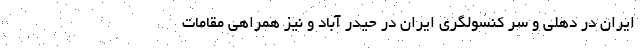
ایران در دهلی و سر کنسولگری ایران در حیدر آباد و نیز همراهی مقامات